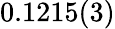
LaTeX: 0.1215(3)